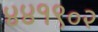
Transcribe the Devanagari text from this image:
४४१९०२